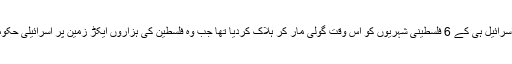
یاد رہے کہ 1976ء میں اسرائیلی پولیس نے اسرائیل ہی کے 6 فلسطینی شہریوں کو اُس وقت گولی مار کر ہلاک کردیا تھا جب وہ فلسطین کی ہزاروں ایکڑ زمین پر اسرائیلی حکومت کے قبضے کیخلاف احتجاج کررہے تھے۔